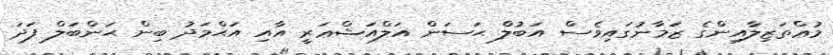
މުޢްތަޒިލާއިންގެ ޒަމާނުގައިވެސް އަބުލް ޙަސަން އަލްއަޝްޢަރީ އާއި އަޙްމަދު ބިން ޙަންބަލް ފަދަ